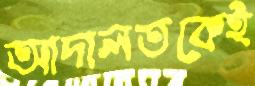
আদালতকেই